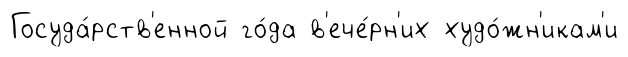
Госуда́рств'енной го́да в'ече́рн'их худо́жн'икам'и